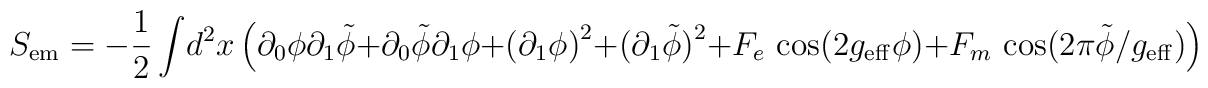
S_{\rm em} = -{1\over 2}\int\! d^2x\,\Bigl( \partial_0\phi\partial_1\tilde\phi +\partial_0\tilde\phi\partial_1\phi +\bigl( \partial_1\phi\bigr)^2 + \bigl( \partial_1\tilde\phi\bigr)^2+ F_e\, \cos \bigl( 2g_{\rm eff}\phi\bigr) + F_m\,\cos\bigl( 2\pi\tilde\phi /g_{\rm eff}\bigr)\Bigr)